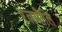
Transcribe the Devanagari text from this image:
रत्नमौलिं